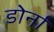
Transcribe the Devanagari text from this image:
डोर्ना